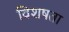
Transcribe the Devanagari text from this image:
विशषता